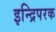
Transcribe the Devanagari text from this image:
इन्द्रिपरक